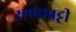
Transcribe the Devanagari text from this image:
राणाचट्टी